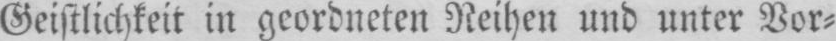
Geistlichkeit in geordneten Reihen und unter Vor⸗